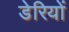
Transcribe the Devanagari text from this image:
डेरियों